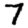
Digit: 7